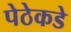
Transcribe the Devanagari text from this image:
पेठेकडे